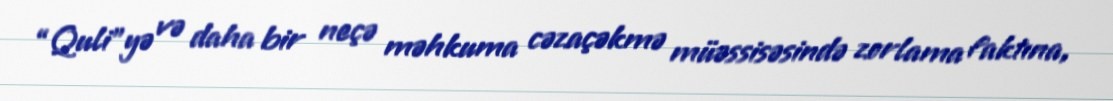
“Quli”yə və daha bir neçə məhkuma cəzaçəkmə müəssisəsində zorlama faktına,